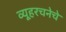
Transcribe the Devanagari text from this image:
व्यूहरचनेचे